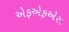
એફએફએસ